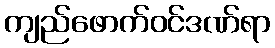
ကျည်ဖောက်ဝင်ဒဏ်ရာ